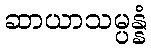
ဆာယာသမ္ပန္နံ